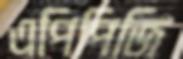
এপিপিজি